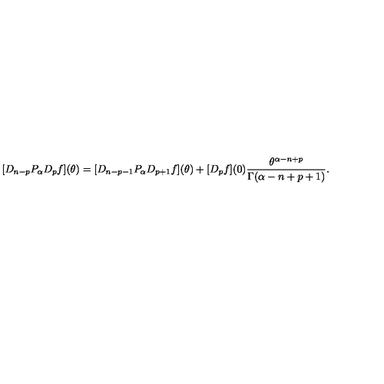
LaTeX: [ D _ { n - p } P _ { \alpha } D _ { p } f ] ( \theta ) = [ D _ { n - p - 1 } P _ { \alpha } D _ { p + 1 } f ] ( \theta ) + [ D _ { p } f ] ( 0 ) \frac { \theta ^ { \alpha - n + p } } { \Gamma ( \alpha - n + p + 1 ) } .